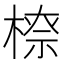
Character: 𣗟